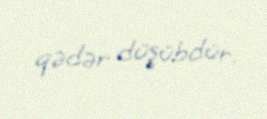
qədər düşübdür.